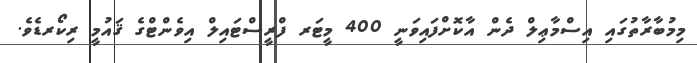
މިމުބާރާތުގައި އިސްމާޢިލް ދެން އާކޮށްފައިވަނީ 400 މީޓަރ ފްރީސްޓައިލް އިވެންޓްގެ ޤައުމީ ރިކޯރޑެވެ.